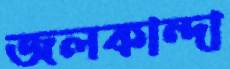
জলকান্দা